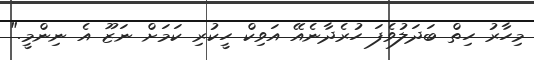
މިހާރު ހިތް ބަދަލުވެފަ ހުރެދާނެއޭ އަވިކް ހީކުރި ކަމަށް ނަޒޫ އެ ނިންމީ."